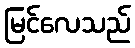
မြင်လေသည်